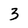
Character: 3